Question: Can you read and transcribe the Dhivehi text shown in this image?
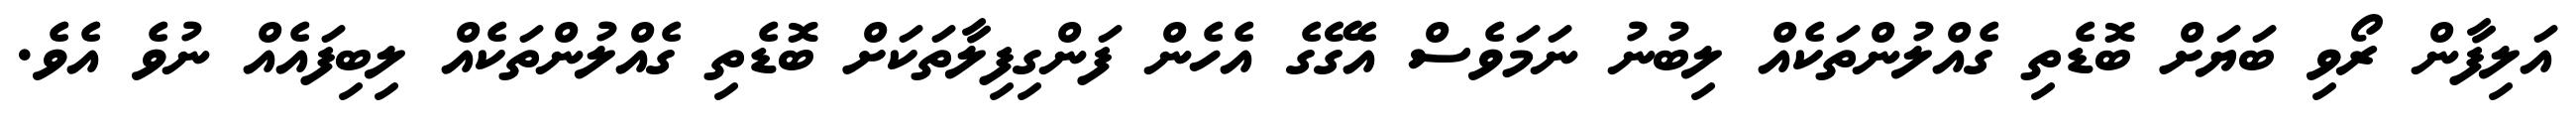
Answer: އަލިފާން ރޯވި ބަޔަށް ބޮޑެތި ގެއްލުންތަކެއް ލިބުނު ނަމަވެސް އެގޭގެ އެހެން ފަންގިފިލާތަކަށް ބޮޑެތި ގެއްލުންތަކެއް ލިބިފައެއް ނުވެ އެވެ.